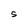
Character: S